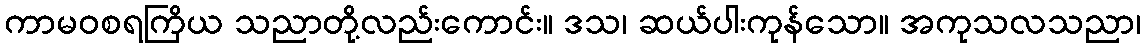
ကာမဝစရကြိယ သညာတို့လည်းကောင်း။ ဒသ၊ ဆယ်ပါးကုန်သော။ အကုသလသညာ၊